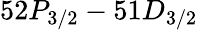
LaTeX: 52P_{3/2}-51D_{3/2}